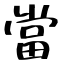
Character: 當